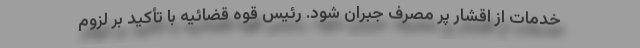
خدمات از اقشار پر مصرف جبران شود. رئیس قوه قضائیه با تأکید بر لزوم